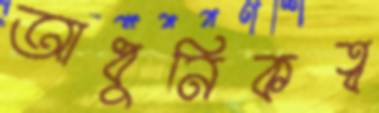
আধুনিকত্ব